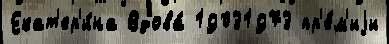
Екат'ер'и́на Вдова́ 19031973 пр'е́м'иjи